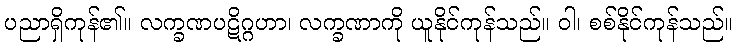
ပညာရှိကုန်၏။ လက္ခဏပဋိဂ္ဂဟာ၊ လက္ခဏာကို ယူနိုင်ကုန်သည်။ ဝါ၊ စစ်နိုင်ကုန်သည်။